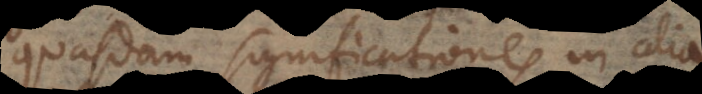
quasdam significationes in alia